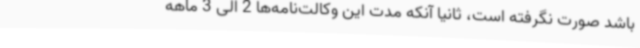
باشد صورت نگرفته است، ثانیاً آنکه مدت این وکالت‌نامه‌ها 2 الی 3 ماهه